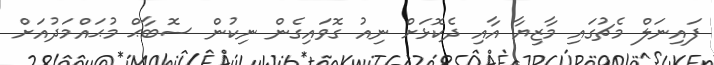
ފައިނަލް މެޗުގައި މާޒިޔާ އާއި ދެކޮޅަށް ނިއު ގޮވައިގެން ނިކުން ސޮބާޙް މުޙައްމަދުއަށް